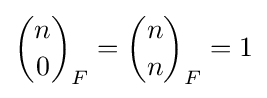
{\binom {n}{0}}_{F}={\binom {n}{n}}_{F}=1